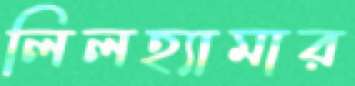
লিলহ্যামার